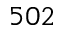
5 0 2